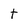
Character: t